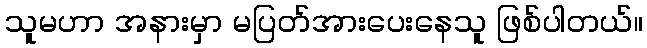
သူမဟာ အနားမှာ မပြတ်အားပေးနေသူ ဖြစ်ပါတယ်။